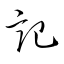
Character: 記